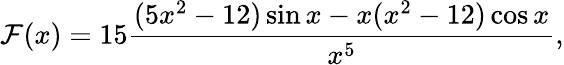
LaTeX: \mathcal{F}(x)=15\frac{(5x^{2}-12)\sin x-x(x^{2}-12)\cos x}{x^{5}},